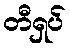
တီရှပ်